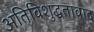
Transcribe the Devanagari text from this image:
अतिविशुद्धतावाद